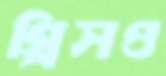
গ্রিসও